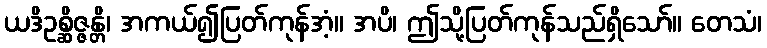
ယဒိဥစ္ဆိဇ္ဇန္တိ၊ အကယ်၍ပြတ်ကုန်အံ့။ အပိ၊ ဤသို့ပြတ်ကုန်သည်ရှိသော်။ တေသံ၊